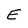
Character: E